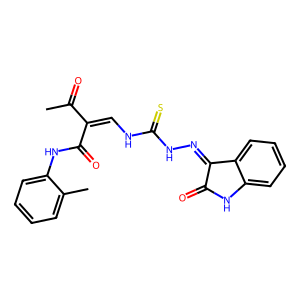
SMILES: CC(=O)C(=CNC(=S)NN=C1C(=O)Nc2ccccc21)C(=O)Nc1ccccc1C
Inhibits HIV replication: No